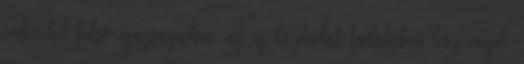
embereket belső igazságaikra, az új köztudat tudatában lesz majd,